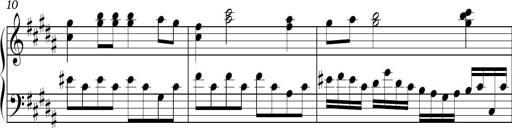
Title: Ten Piano Sonatinas
Composer: Andreas Sain